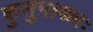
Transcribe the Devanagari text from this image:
कुसुमाकरः